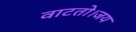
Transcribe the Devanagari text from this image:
वाटतो।जय